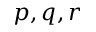
p , q , r